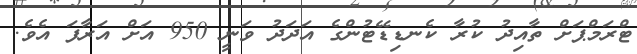
ޓްރަމްޕަށް ތާއިދު ކުރާ ކެނޑިޑޭޓުންގެ އަދަދު ވަނީ 950 އަށް އަރާފަ އެވެ.